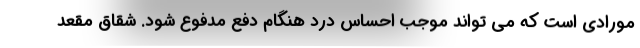
مورادی است که می تواند موجب احساس درد هنگام دفع مدفوع شود. شقاق مقعد